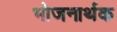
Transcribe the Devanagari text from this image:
भोजनार्थक